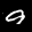
Label: 9